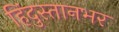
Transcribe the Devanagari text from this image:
हिंदुस्तानभर